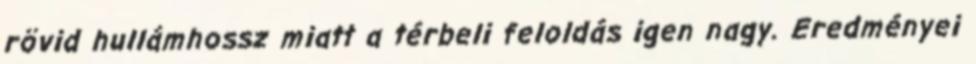
rövid hullámhossz miatt a térbeli feloldás igen nagy. Eredményei